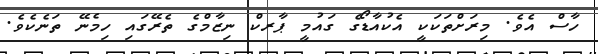
ހާސް އެވެ. މިރަށްތަކަކީ އެކުއާޑޯގެ ގައުމީ ޕާރކް ނިޒާމްގެ ތެރޭގައި ހިމެނޭ ތަނެކެވެ.